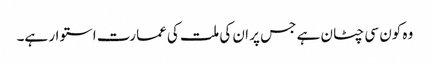
وہ کون سی چٹان ہے جس پر ان کی ملت کی عمارت استوار ہے۔